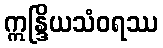
ဣန္ဒြိယသံဝရဿ